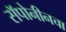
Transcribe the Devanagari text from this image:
सॅपोनीनचा